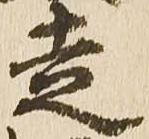
走